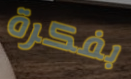
بفكرة